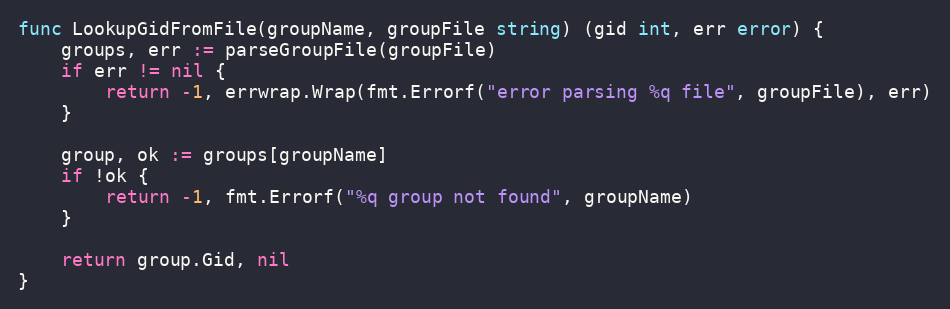
Language: Go
func LookupGidFromFile(groupName, groupFile string) (gid int, err error) {
	groups, err := parseGroupFile(groupFile)
	if err != nil {
		return -1, errwrap.Wrap(fmt.Errorf("error parsing %q file", groupFile), err)
	}

	group, ok := groups[groupName]
	if !ok {
		return -1, fmt.Errorf("%q group not found", groupName)
	}

	return group.Gid, nil
}